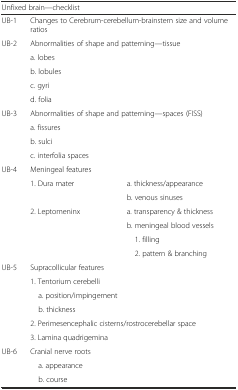
| <COLSPAN=3> Unfixed brain—checklist |
 | --- | --- | --- |
 | UB-1 | <COLSPAN=2> Changes to Cerebrum-cerebellum-brainstem size and volume ratios |
 | <ROWSPAN=5> UB-2 | <COLSPAN=2> Abnormalities of shape and patterning—tissue |
 | <COLSPAN=2> a. lobes |
 | <COLSPAN=2> b. lobules |
 | <COLSPAN=2> c. gyri |
 | <COLSPAN=2> d. folia |
 | <ROWSPAN=4> UB-3 | <COLSPAN=2> Abnormalities of shape and patterning—spaces (FISS) |
 | <COLSPAN=2> a. fissures |
 | <COLSPAN=2> b. sulci |
 | <COLSPAN=2> c. interfolia spaces |
 | UB-4 | Meningeal features |  |
 | <ROWSPAN=2>  | <ROWSPAN=2> 1. Dura mater | a. thickness/appearance |
 | b. venous sinuses |
 | <ROWSPAN=4>  | <ROWSPAN=4> 2. Leptomeninx | a. transparency & thickness |
 | b. meningeal blood vessels |
 | 1. filling |
 | 2. pattern & branching |
 | <ROWSPAN=6> UB-5 | <COLSPAN=2> Supracollicular features |
 | <COLSPAN=2> 1. Tentorium cerebelli |
 | <COLSPAN=2> a. position/impingement |
 | <COLSPAN=2> b. thickness |
 | <COLSPAN=2> 2. Perimesencephalic cisterns/rostrocerebellar space |
 | <COLSPAN=2> 3. Lamina quadrigemina |
 | <ROWSPAN=3> UB-6 | <COLSPAN=2> Cranial nerve roots |
 | <COLSPAN=2> a. appearance |
 | <COLSPAN=2> b. course |